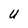
Character: U